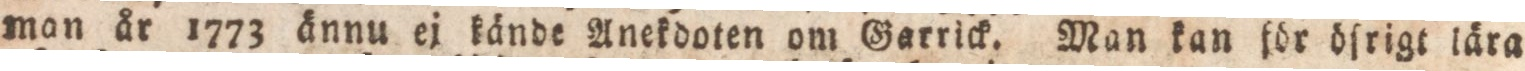
man år 1773 ånnu ej kånde Anekdoten om Garrick. Man kan för öſrigt lära